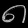
Digit: ၈